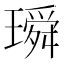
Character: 𤩥